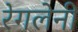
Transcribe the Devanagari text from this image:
रेगलेनी